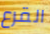
القرع